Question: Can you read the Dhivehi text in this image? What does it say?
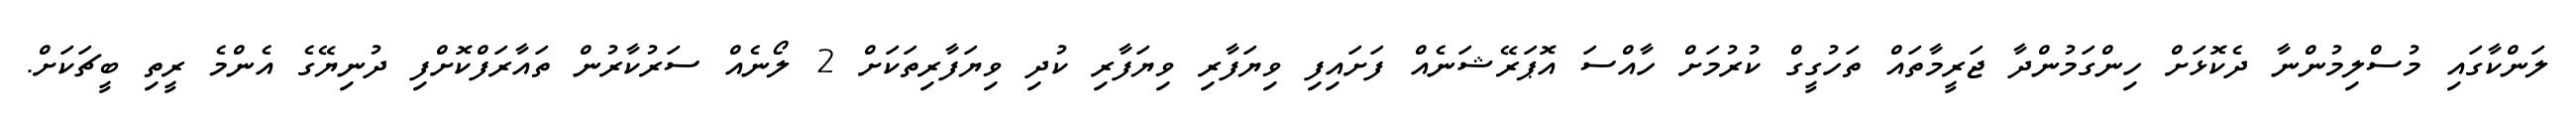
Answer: ލަންކާގައި މުސްލިމުންނާ ދެކޮޅަށް ހިންގަމުންދާ ޖަރީމާތައް ތަހުގީގް ކުރުމަށް ހާއްސަ އޮޕަރޭޝަނެއް ފަށައިފި ވިޔަފާރި ވިޔަފާރި ކުދި ވިޔަފާރިތަކަށް 2 ލޯނެއް ސަރުކާރުން ތައާރަފްކޮށްފި ދުނިޔޭގެ އެންމެ ރީތި ބީޗަކަށް.